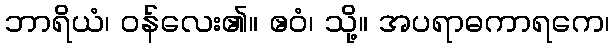
ဘာရိယံ၊ ဝန်လေး၏။ ဧဝံ၊ သို့။ အပရာဓကာရကေ၊